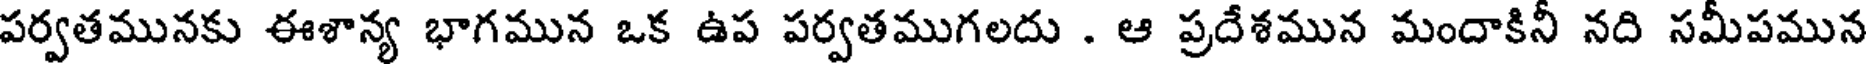
పర్వతమునకు ఈశాన్య భాగమున ఒక ఉప పర్వతముగలదు . ఆ ప్రదేశమున మందాకినీ నది సమీపమున